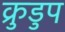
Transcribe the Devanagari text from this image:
क्रुडुप